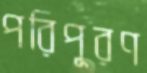
পরিপূরণ